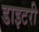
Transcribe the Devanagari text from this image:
डाइटरी